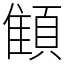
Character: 顀